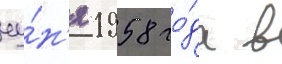
иу́н'я 1958 го́да в